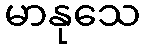
မာနုသေ